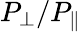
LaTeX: {P_{\bot}}/{P_{\parallel}}